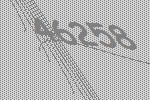
46258